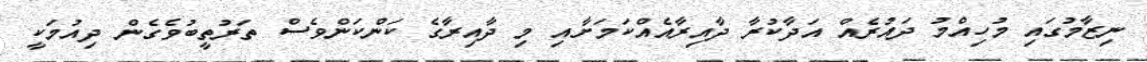
ނިޒާމުގައި މުހިއްމު ދައުރެއް އަދާކުރާ ދާއިރާއެއްކަމަށާއި މި ދާއިރާގެ ކަންކަންވެސް ތަރުތީބުވެގެން ދިއުމަކީ